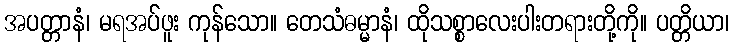
အပတ္တာနံ၊ မရအပ်ဖူး ကုန်သော။ တေသံဓမ္မာနံ၊ ထိုသစ္စာလေးပါးတရားတို့ကို။ ပတ္တိယာ၊